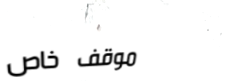
موقف خاص